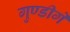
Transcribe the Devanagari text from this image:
गुण्डीगे